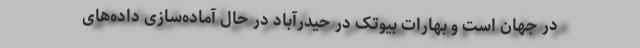
در جهان است و بهارات بیوتک در حیدرآباد در حال آماده‌سازی داده‌های